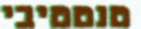
טנטטיבי